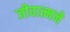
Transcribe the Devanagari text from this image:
जीवात्मने